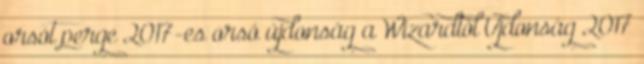
orsót perge 2017-es orsó újdonság a Wizardtól Újdonság 2017